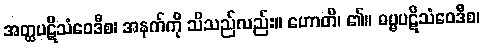
အတ္ထပဋိသံဝေဒီစ၊ အနက်ကို သိသည်လည်း။ ဟောတိ၊ ၏။ ဓမ္မပဋိသံဝေဒီစ၊